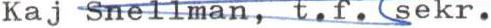
Kaj Snellman, t.f. sekr.